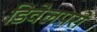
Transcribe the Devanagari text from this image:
डिवेलपरों